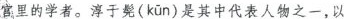
官里的学者。淳于髡( kun )是其中代表人物之一，以